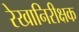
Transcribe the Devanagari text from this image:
रेखानिरीक्षक